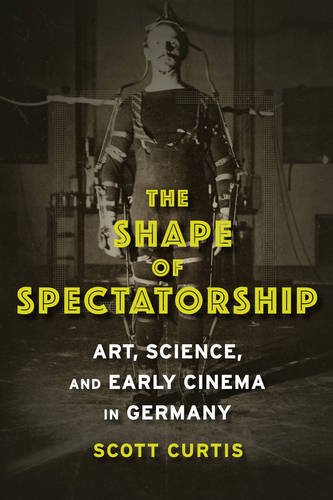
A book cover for The Shape of Spectatorship: Art, Science, and Early Cinema in Germany (Film and Culture Series); Scott Curtis; Humor & Entertainment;